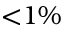
{ < } 1 \%